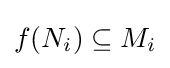
f(N_{i})\subseteq M_{i}